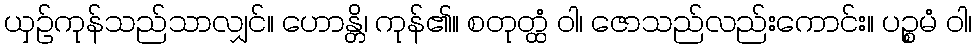
ယှဉ်ကုန်သည်သာလျှင်။ ဟောန္တိ၊ ကုန်၏။ စတုတ္ထံ ဝါ၊ ဇောသည်လည်းကောင်း။ ပဉ္စမံ ဝါ၊